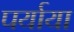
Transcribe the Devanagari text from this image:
पर्याया